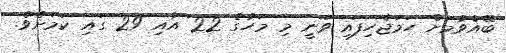
ބޭއްވުމަށް ހަމަޖެހިފައި ވަނީ މި މަހުގެ 22 އާއި 29 ގައި ކަމަށެވެ.